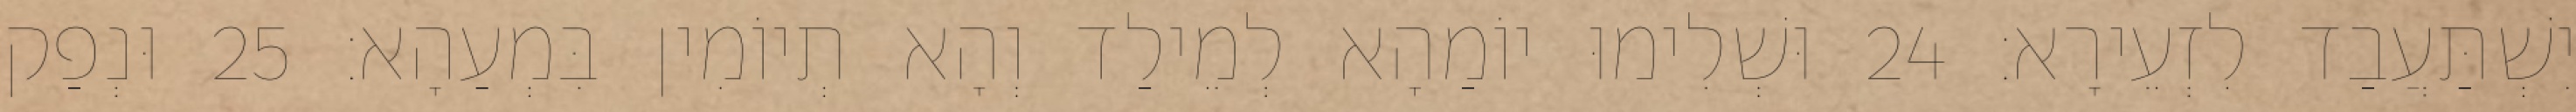
יִשְׁתַּעֲבַד לִזְעֵירָא׃ 24 וּשְׁלִימוּ יוֹמַהָא לְמֵילַד וְהָא תְיוֹמִין בִּמְעַהָא׃ 25 וּנְפַק